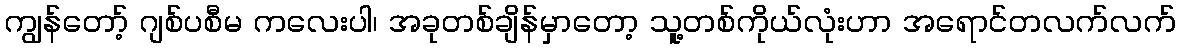
ကျွန်တော့် ဂျစ်ပစီမ ကလေးပါ၊ အခုတစ်ချိန်မှာတော့ သူ့တစ်ကိုယ်လုံးဟာ အရောင်တလက်လက်